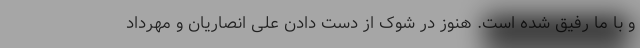
و با ما رفیق شده است. هنوز در شوک از دست دادن علی انصاریان و مهرداد